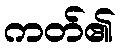
ကတ်၏